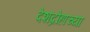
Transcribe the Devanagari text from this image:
देशद्रोहाच्या